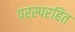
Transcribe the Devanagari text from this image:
परस्परहित